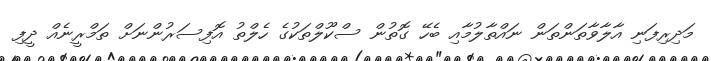
މަދިރިފަނި އާލާވާތަންތަން ނައްތާލުމާއި ބެހޭ ގޮތުން ސްކޫލްތަކުގެ ހެލްތު އޮފިސަރުންނަށް ތަމްރީނެއް ދީފި